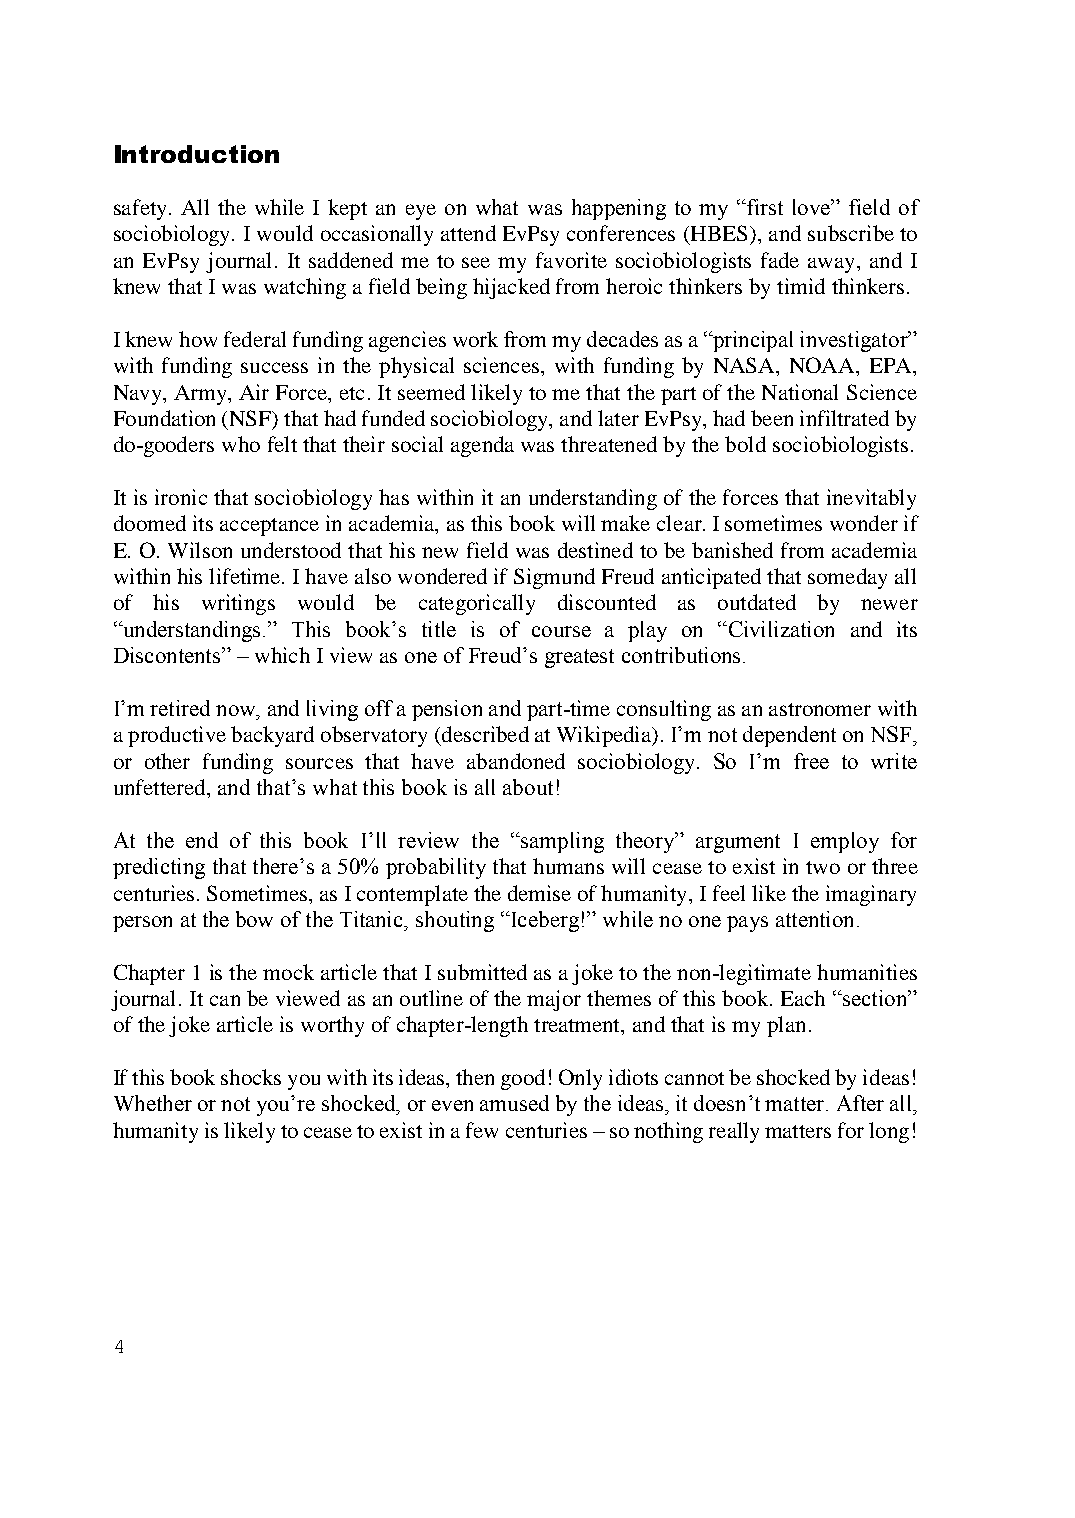
Introduction
 safety. All the while I kept an eye on what was happening to my “first love” field of
 sociobiology. I would occasionally attend EvPsy conferences (HBES), and subscribe to
 an EvPsy journal. It saddened me to see my favorite sociobiologists fade away, and I
 knew that I was watching a field being hijacked from heroic thinkers by timid thinkers.
 I knew how federal funding agencies work from my decades as a “principal investigator”
 with funding success in the physical sciences, with funding by NASA, NOAA, EPA,
 Navy, Army, Air Force, etc. It seemed likely to me that the part of the National Science
 Foundation (NSF) that had funded sociobiology, and later EvPsy, had been infiltrated by
 do-gooders who felt that their social agenda was threatened by the bold sociobiologists.
 It is ironic that sociobiology has within it an understanding of the forces that inevitably
 doomed its acceptance in academia, as this book will make clear. I sometimes wonder if
 E. O. Wilson understood that his new field was destined to be banished from academia
 within his lifetime. I have also wondered if Sigmund Freud anticipated that someday all
 of his writings would be categorically discounted as outdated by newer
 “understandings.” This book’s title is of course a play on “Civilization and its
 Discontents” – which I view as one of Freud’s greatest contributions.
 I’m retired now, and living off a pension and part-time consulting as an astronomer with
 a productive backyard observatory (described at Wikipedia). I’m not dependent on NSF,
 or other funding sources that have abandoned sociobiology. So I’m free to write
 unfettered, and that’s what this book is all about!
 At the end of this book I’ll review the “sampling theory” argument I employ for
 predicting that there’s a 50% probability that humans will cease to exist in two or three
 centuries. Sometimes, as I contemplate the demise of humanity, I feel like the imaginary
 person at the bow of the Titanic, shouting “Iceberg!” while no one pays attention.
 Chapter 1 is the mock article that I submitted as a joke to the non-legitimate humanities
 journal. It can be viewed as an outline of the major themes of this book. Each “section”
 of the joke article is worthy of chapter-length treatment, and that is my plan.
 If this book shocks you with its ideas, then good! Only idiots cannot be shocked by ideas!
 Whether or not you’re shocked, or even amused by the ideas, it doesn’t matter. After all,
 humanity is likely to cease to exist in a few centuries – so nothing really matters for long!
 4